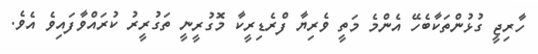
ހާރިޖީ ގުޅުންތަކާބެހޭ އެންމެ މަތީ ވެރިޔާ ފްރެޑިރީކާ މޮގުރީނީ ތަގުރީރު ކުރައްވާފައިވެ އެވެ.